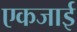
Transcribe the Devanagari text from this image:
एकजाई